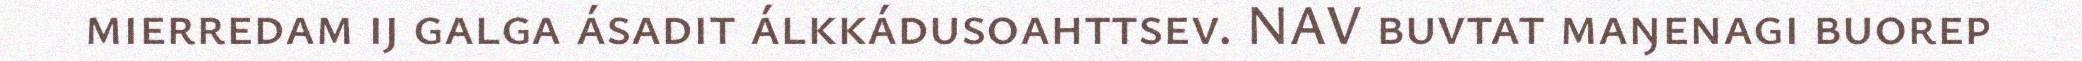
mierredam ij galga ásadit álkkádusoahttsev. NAV buvtat maŋenagi buorep